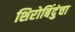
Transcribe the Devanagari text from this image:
शिरोबिंदुंचा